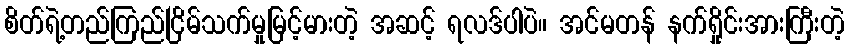
စိတ်ရဲ့တည်ကြည်ငြိမ်သက်မှုမြင့်မားတဲ့ အဆင့် ရလဒ်ပါပဲ။ အင်မတန် နက်ရှိုင်းအားကြီးတဲ့